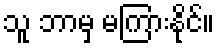
သူ ဘာမှ မကြားနိုင်။